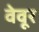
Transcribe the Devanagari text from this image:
वेवूर